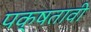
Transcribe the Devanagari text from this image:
पक्षतावी